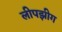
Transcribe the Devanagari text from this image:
लीपझीग